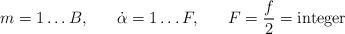
LaTeX: \begin{align*}m=1\ldots B, \; \; \; \; \; \; \dot \alpha = 1\ldots F, \;\;\;\;\;\;F = \frac{f}{2} = \textup{integer}\end{align*}